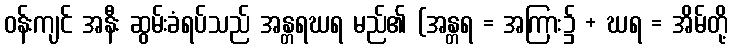
ဝန်းကျင် အနီး ဆွမ်းခံရပ်သည် အန္တရဃရ မည်၏ (အန္တရ = အကြား၌ + ဃရ = အိမ်တို့